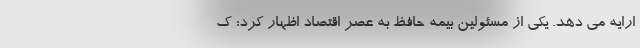
ارایه می دهد. یکی از مسئولین بیمه حافظ به عصر اقتصاد اظهار کرد: ک